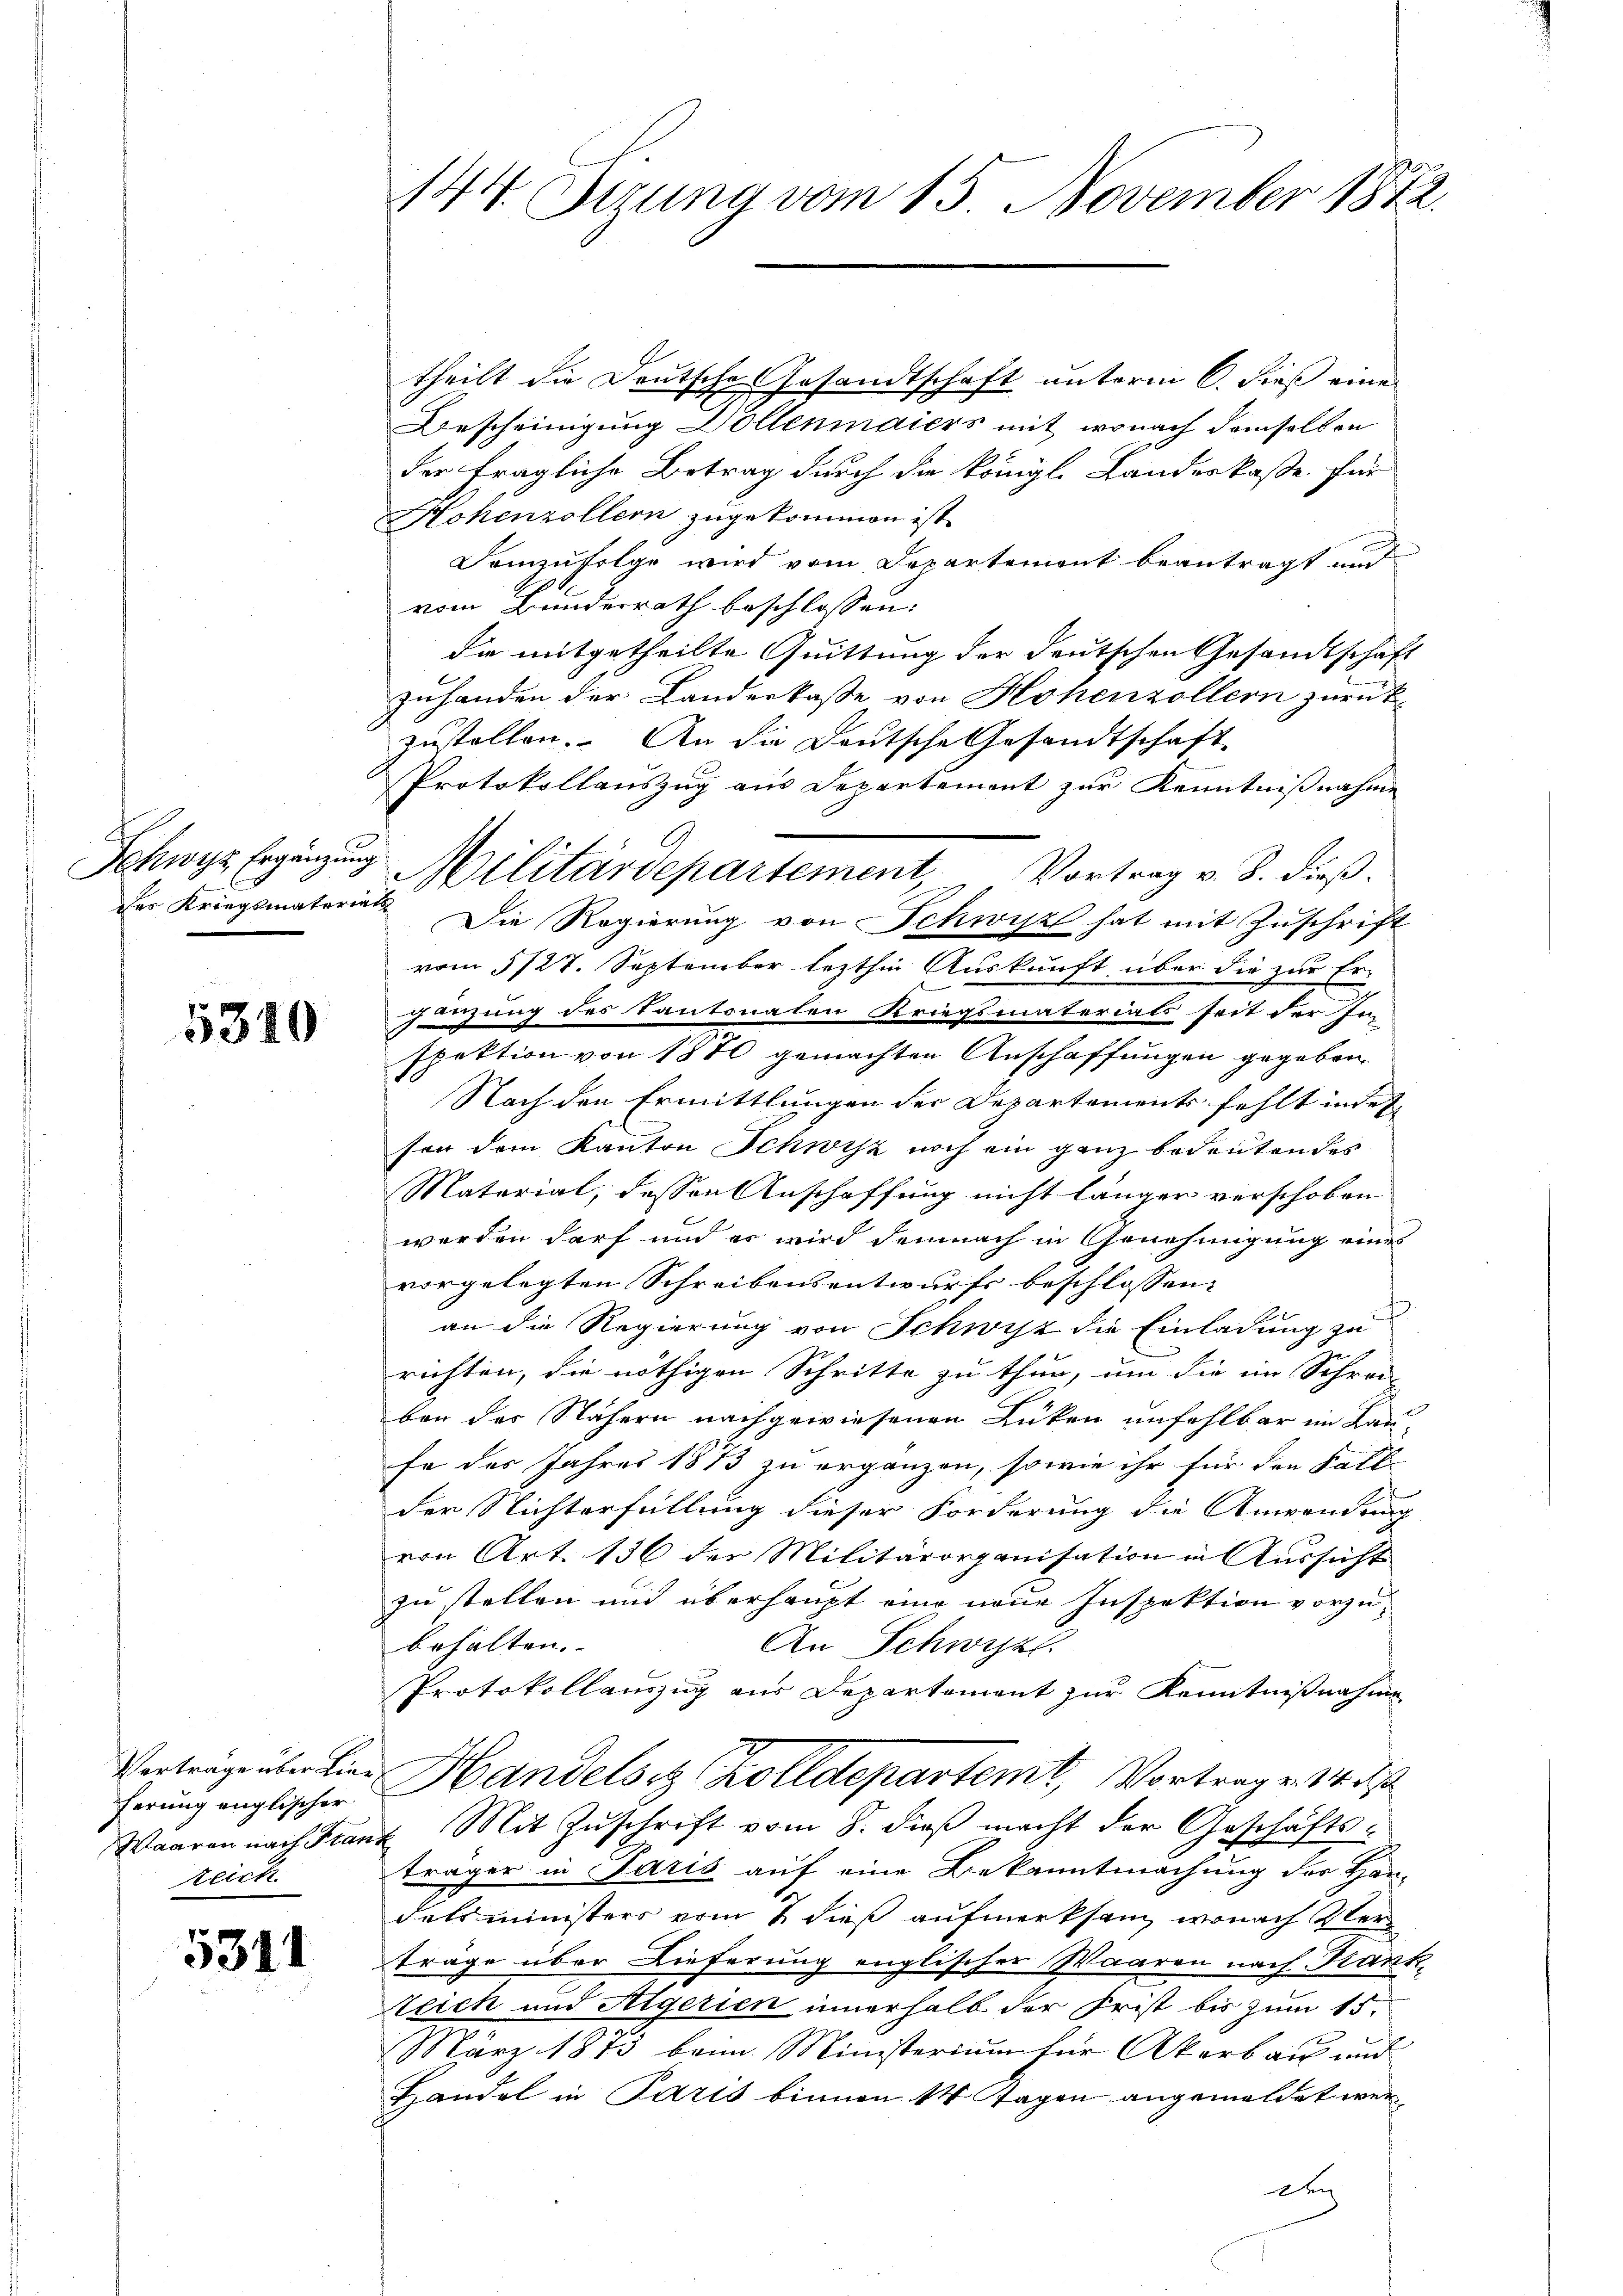
Schwyz Ergänzung
des Kriegsmateriat

5310

theilt die Deutsche Gesandtschaft unterm 6. dieß eine
Bescheinigung Dollenmaiers mit, wonach demselben
der fragliche Betrag durch die königl. Landeskasse für
Hohenzollern zugekommen ist.
Demzufolge wird vom Departement beantragt und
vom Bundesrath beschlossen:
die mitgetheilte Quittung der deutschen Gesandtschaft
zuhanden der Landerkaße von Hohenzollern zurück-
zustellen. An die Deutsche Gesandtschaft
Protokollauszug aus Departement zur Kenntnißnahme
Die Regierung von Schwisz hat mit Zuschrift
vom 5/27. September lezthin Auskunft über die zur Er-
gänzung des Kantonalen Kriegsmaterials seit der Im
spektion von 1870 gemachten Anschaffungen gegeben
Nach den Ermittlungen der Departements fehlt inter
sen dem Kanton Schwyz noch ein ganz bedeutendes
Matorial, dessen Anschaffung nicht länger verschoben
werden darf und es wird demnach in Genehmigung eines
vorgelegten Schreibensentwurfs beschlossen:
an die Regierung von Schwyz die Einladung zu
richten, die nöthigen Schritte zu thun, um die im Schrei-
ben des Nähern nachgewiesenen Lücken unfehlbar im Lau-
te des Jahres 1873 zu ergänzen, sowie ihr für den Fall
der Nichterfüllung dieser Forderung die Anwendung
von Art. 156 der Militärorganisation in Aussicht
zu stellen und überhaupt eine neue Inspektion vorzubehalten.
An Schwyz.
Protokollauszug aus Departement zur Kenntnißnahme
Vorträge über hier Handelsiz Zolldepartemt, Vortrage 14 d
Waaren nach Frant Mit Zuschrift vom 8. dieß macht der Geschäftsträger in Paris auf eine Bekanntmachung der Handatsministers vom 2. dieß aufmerksam, wonach Sterträge über Dieferung englischer Waaren nach Krank-
Steich und Algerien innerhalb der Frist bis zum 15.
März 1873 beim Ministerium für Akerbau und
Handel in Paris binnen 14 Tagen angemeldet wer¬
Den

ferung englischer
zeich

5311

144. Sizung vom 15. November 1872.

Militärdepartement Vortrag v. B. dieß.